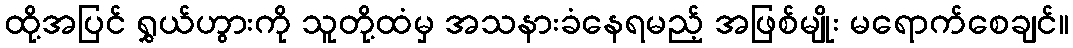
ထို့အပြင် ရွှယ်ဟွားကို သူတို့ထံမှ အသနားခံနေရမည့် အဖြစ်မျိုး မရောက်စေချင်။